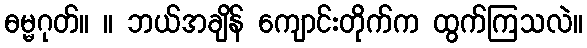
ဓမ္မဂုတ်။ ။ ဘယ်အချိန် ကျောင်းတိုက်က ထွက်ကြသလဲ။